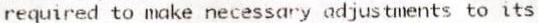
REQUIRED TO MAKE NECESSARY ADJUSTMENTS TO ITS